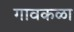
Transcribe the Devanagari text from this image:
गावकळा